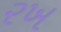
રખ